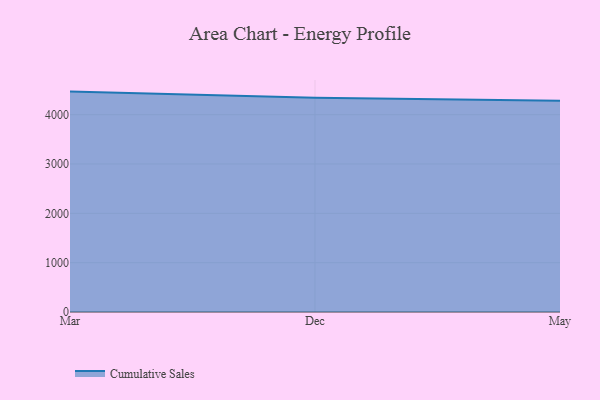
{"axis": {"x": "Month", "y": "Budget (USD K)"}, "legend": ["Cumulative Sales"], "data": [{"x": "Mar", "y": 4467.9, "type": "Cumulative Sales"}, {"x": "Dec", "y": 4344.3, "type": "Cumulative Sales"}, {"x": "May", "y": 4284.2, "type": "Cumulative Sales"}]}